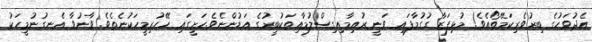
އެދުވަހުގެ ބިރުވެރިކަމޭތޯއެވެ! މުޅިފަޒާ ގުގުމާފައި ވަނީ ރުއިމާއިގިސްލުމާއިތަކުބީރުގެ އަޑުންނެވެ.ހަށީގައި ހޭހުރިމީހަކުނެެތެވެ. ވާނުވާ އެނގުނުމީހަކު